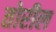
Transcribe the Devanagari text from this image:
तोरील